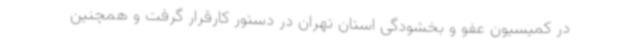
در کمیسیون عفو و بخشودگی استان تهران در دستور کارقرار گرفت و همچنین